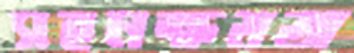
সহনক্ষমতা